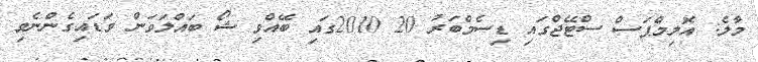
މާލެ: އޮލިމްޕަސް ސްޓޭޖްގައި ޑިސެމްބަރު 20 2010ގައި ބޭއްވި ޝޯ ބައްލަވަން ވަޑައިގެންނެވި